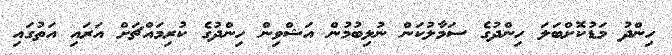
ހިންދު މަޑުކޮށްބަލަ ހިންދުގެ ސަމާލުކަން ނުލިބުމުން އަޝްވިން ހިންދުގެ ކުރިމައްޗަށް އަރައި އަތުގައި